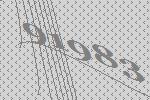
91983